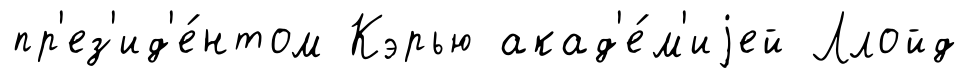
пр'ез'ид'е́нтом Кэрью акад'е́м'иjей Ллойд